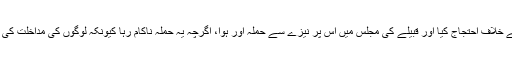
ابوبراء کے بیٹے ربیعہ بن عامر بن مالک نے اپنے چچا زاد عامر بن طفیل کے ظلم کے خلاف احتجاج کیا اور قبیلے کی مجلس میں اس پر نیزے سے حملہ آور ہوا، اگرچہ یہ حملہ ناکام رہا کیونکہ لوگوں کی مداخلت کی وجہ سے نیزے کا وار ٹھیک ہدف پر لگنے کے بجائے عامر بن طفیل کی ران میں لگا۔